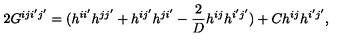
2 G ^ { i j i ^ { \prime } j ^ { \prime } } = ( h ^ { i i ^ { \prime } } h ^ { j j ^ { \prime } } + h ^ { i j ^ { \prime } } h ^ { j i ^ { \prime } } - \frac { 2 } { D } h ^ { i j } h ^ { i ^ { \prime } j ^ { \prime } } ) + C h ^ { i j } h ^ { i ^ { \prime } j ^ { \prime } } ,